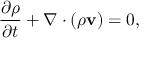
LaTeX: { \frac { \partial \rho } { \partial t } } + \nabla \cdot ( \rho \mathbf { v } ) = 0 ,